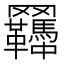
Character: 𦍊